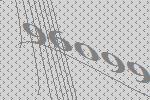
96099